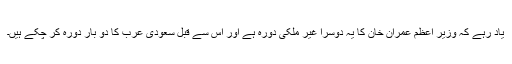
یاد رہے کہ وزیر اعظم عمران خان کا یہ دوسرا غیر ملکی دورہ ہے اور اس سے قبل سعودی عرب کا دو بار دورہ کر چکے ہیں۔